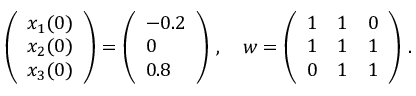
\left( \begin{array} { l } { x _ { 1 } ( 0 ) } \\ { x _ { 2 } ( 0 ) } \\ { x _ { 3 } ( 0 ) } \end{array} \right) = \left( \begin{array} { l } { - 0 . 2 } \\ { 0 } \\ { 0 . 8 } \end{array} \right) \, , \quad w = \left( \begin{array} { l l l } { 1 } & { 1 } & { 0 } \\ { 1 } & { 1 } & { 1 } \\ { 0 } & { 1 } & { 1 } \end{array} \right) \, .